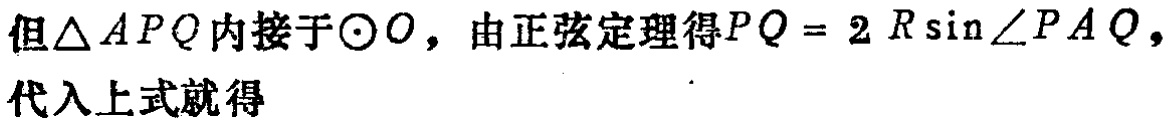
但\(\triangle APQ\)内接于\(\odot O\)，由正弦定理得\(PQ = 2R\sin\angle PAQ\)，代入上式就得